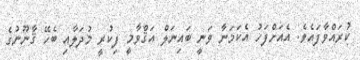
ކުރައްވާފައެވެ. އެއަށްފަހު އެކަމަނާ ވަނީ ބައިނަލް އަޤްވާމީ ފިކުރީ މުދަލާއި ބެހޭ ޤާނޫނުގެ